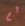
لم